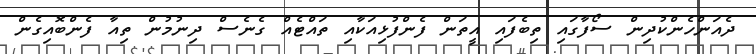
ދެއަންހެންކުދިން ސޯފާގައި ތިބެފައި އީތަން ފެންފުޅިއަކާއި ތައްޓެއް ގެނެސް ދިނުމުން ތިއާ ފެންބޮއިގެން